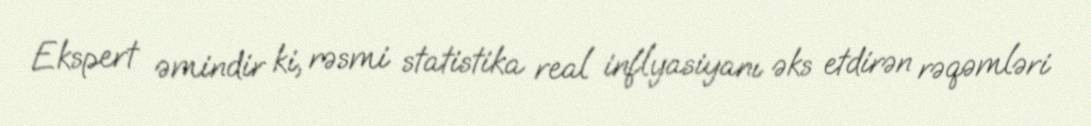
Ekspert əmindir ki, rəsmi statistika real inflyasiyanı əks etdirən rəqəmləri